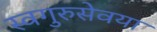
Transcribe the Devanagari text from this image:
स्वगुरुसेवया